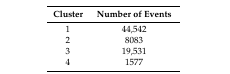
| Cluster | Number of Events |
 | --- | --- |
 | 1 | 44,542 |
 | 2 | 8083 |
 | 3 | 19,531 |
 | 4 | 1577 |